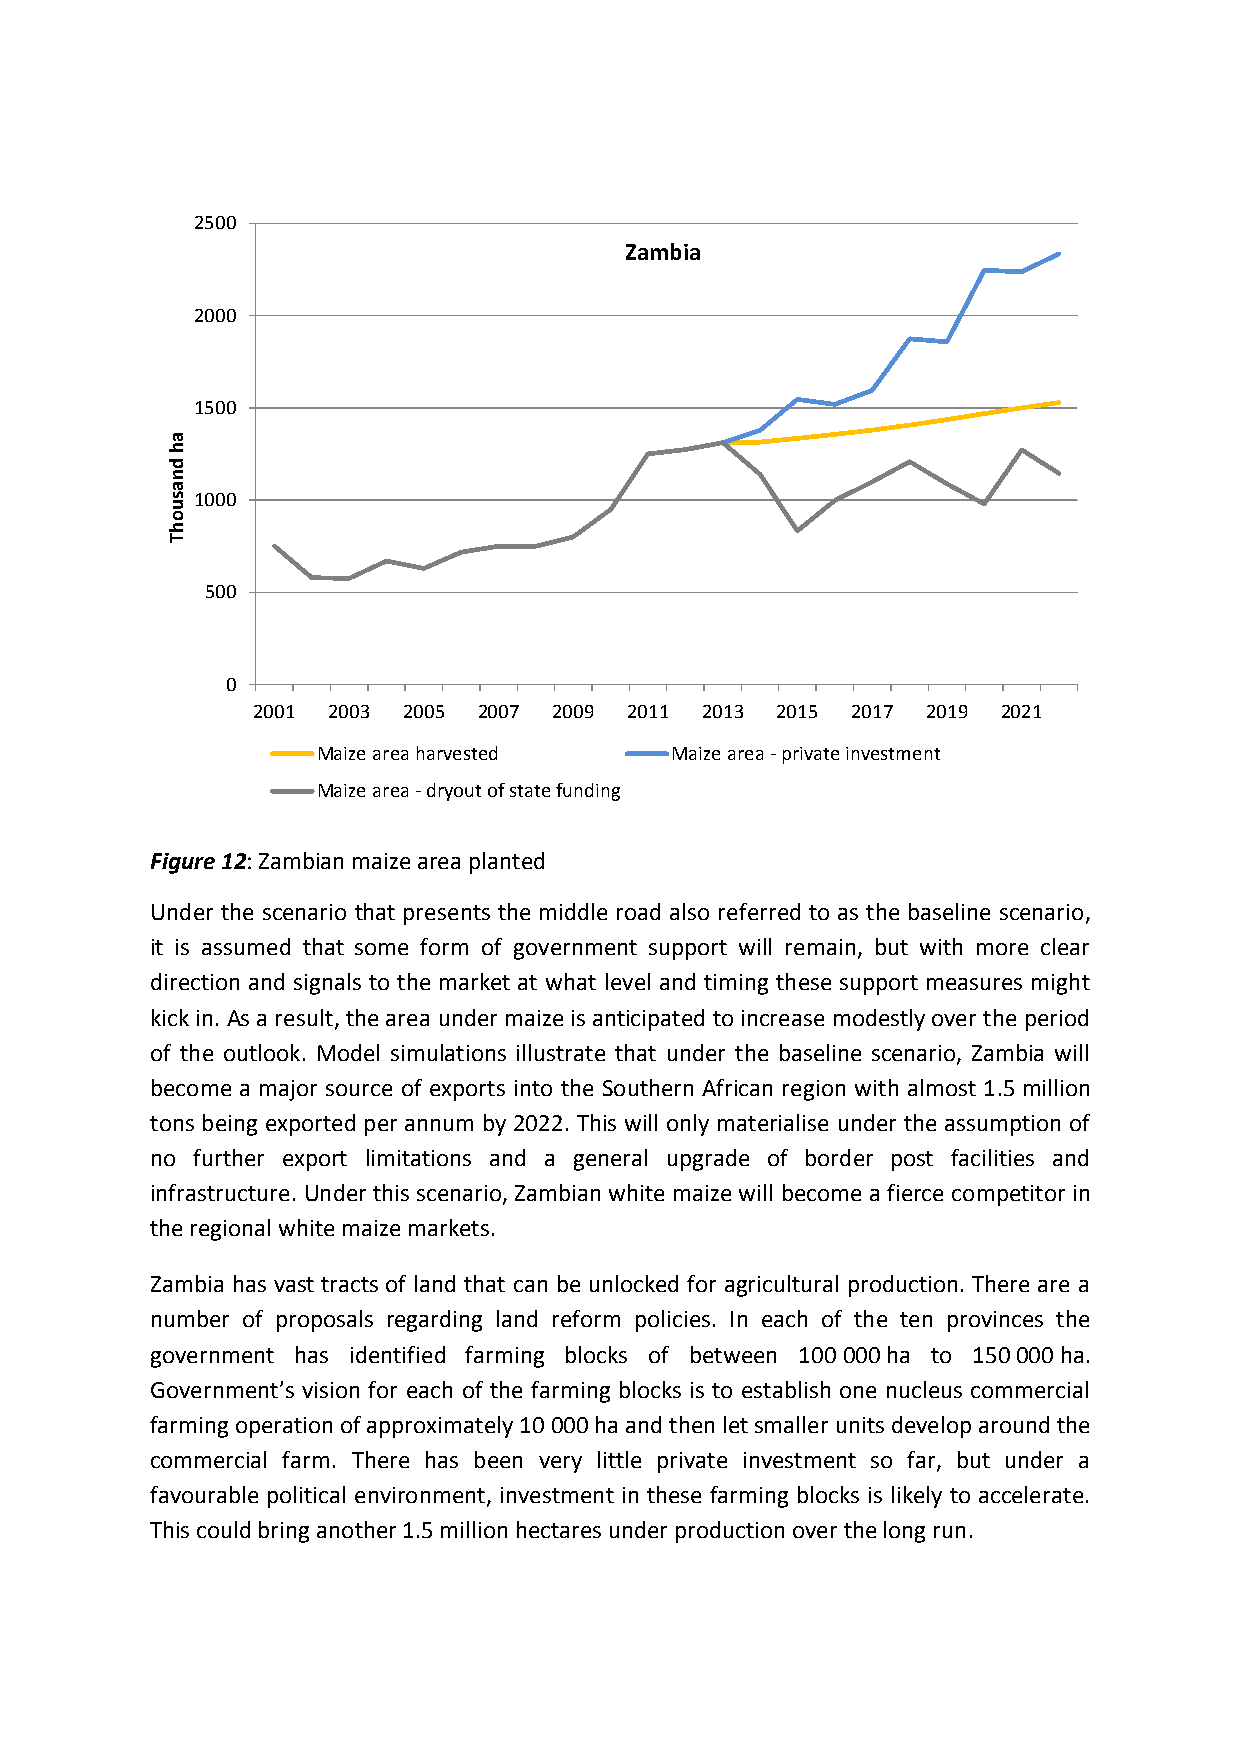
2500
 Zambia
 2000
 1500
 a
 h
 d
 n
 a
 s1000
 u
 o
 h
 T
 500
 0
 2001 2003 2005 2007 2009 2011 2013 2015 2017 2019 2021
 Maize area harvested   Maize area - private investment
 Maize area - dryout of state funding
 Figure 12: Zambian maize area planted
 Under the scenario that presents the middle road also referred to as the baseline scenario,
 it is assumed that some form of government support will remain, but with more clear
 direction and signals to the market at what level and timing these support measures might
 kick in. As a result, the area under maize is anticipated to increase modestly over the period
 of the outlook. Model simulations illustrate that under the baseline scenario, Zambia will
 become a major source of exports into the Southern African region with almost 1.5 million
 tons being exported per annum by 2022. This will only materialise under the assumption of
 no further export limitations and a general upgrade of border post facilities and
 infrastructure. Under this scenario, Zambian white maize will become a fierce competitor in
 the regional white maize markets.
 Zambia has vast tracts of land that can be unlocked for agricultural production. There are a
 number of proposals regarding land reform policies. In each of the ten provinces the
 government has identified farming blocks of between 100 000 ha to 150 000 ha.
 Government’s vision for each of the farming blocks is to establish one nucleus commercial
 farming operation of approximately 10 000 ha and then let smaller units develop around the
 commercial farm. There has been very little private investment so far, but under a
 favourable political environment, investment in these farming blocks is likely to accelerate.
 This could bring another 1.5 million hectares under production over the long run.